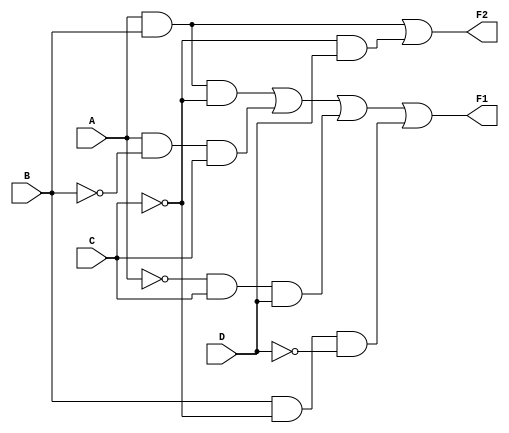
module combinational_logic (
    input wire A,  // Input A
    input wire B,  // Input B
    input wire C,  // Input C
    input wire D,  // Input D
    output wire F1, // Output F1
    output wire F2  // Output F2
);

// Intermediate signals for F1 and F2
wire notA, notB, notC, notD;
wire term1, term2, term3, term4;

// Inverting inputs
not (notA, A);
not (notB, B);
not (notC, C);
not (notD, D);

// Logic for F1 (example logic derived from K-map and algebraic simplification)
assign term1 = A & B & notC;       // Minterm for A=1, B=1, C=0
assign term2 = A & notB & C;       // Minterm for A=1, B=0, C=1
assign term3 = notA & C & D;       // Minterm for A=0, C=1, D=1
assign term4 = B & notC & notD;    // Minterm for B=1, C=0, D=0

assign F1 = term1 | term2 | term3 | term4; // SOP for F1

// Logic for F2 (example logic derived from K-map and algebraic simplification)
assign F2 = (A & B) | (notC & D); // Simplified expression for F2

endmodule